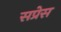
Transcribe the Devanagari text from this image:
सप्रेस